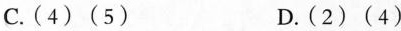
C.(4) (5) D.(2) (4)